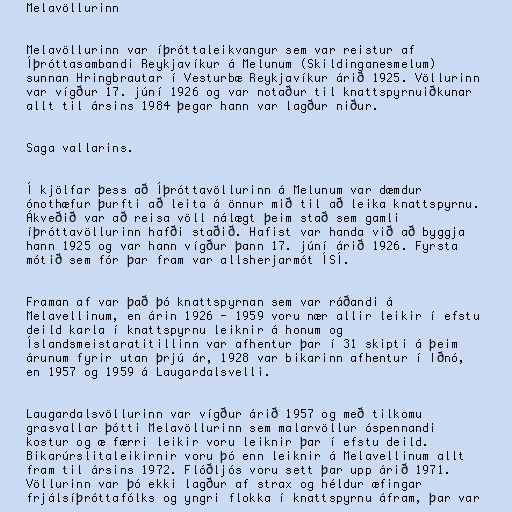
Melavöllurinn

Melavöllurinn var íþróttaleikvangur sem var reistur af
Íþróttasambandi Reykjavíkur á Melunum (Skildinganesmelum)
sunnan Hringbrautar í Vesturbæ Reykjavíkur árið 1925. Völlurinn
var vígður 17. júní 1926 og var notaður til knattspyrnuiðkunar
allt til ársins 1984 þegar hann var lagður niður.

Saga vallarins.

Í kjölfar þess að Íþróttavöllurinn á Melunum var dæmdur
ónothæfur þurfti að leita á önnur mið til að leika knattspyrnu.
Ákveðið var að reisa völl nálægt þeim stað sem gamli
íþróttavöllurinn hafði staðið. Hafist var handa við að byggja
hann 1925 og var hann vígður þann 17. júní árið 1926. Fyrsta
mótið sem fór þar fram var allsherjarmót ÍSÍ.

Framan af var það þó knattspyrnan sem var ráðandi á
Melavellinum, en árin 1926 - 1959 voru nær allir leikir í efstu
deild karla í knattspyrnu leiknir á honum og
Íslandsmeistaratitillinn var afhentur þar í 31 skipti á þeim
árunum fyrir utan þrjú ár, 1928 var bikarinn afhentur í Iðnó,
en 1957 og 1959 á Laugardalsvelli.

Laugardalsvöllurinn var vígður árið 1957 og með tilkomu
grasvallar þótti Melavöllurinn sem malarvöllur óspennandi
kostur og æ færri leikir voru leiknir þar í efstu deild.
Bikarúrslitaleikirnir voru þó enn leiknir á Melavellinum allt
fram til ársins 1972. Flóðljós voru sett þar upp árið 1971.
Völlurinn var þó ekki lagður af strax og héldur æfingar
frjálsíþróttafólks og yngri flokka í knattspyrnu áfram, þar var